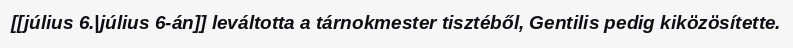
[[július 6.|július 6-án]] leváltotta a tárnokmester tisztéből, Gentilis pedig kiközösítette.